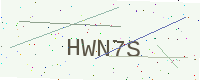
Text: HWN7S